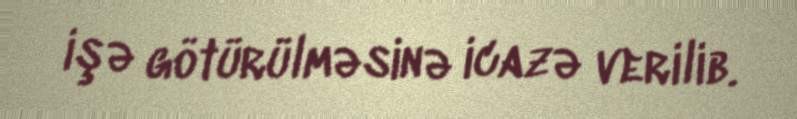
işə götürülməsinə icazə verilib.